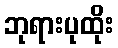
ဘုရားပုထိုး